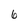
Character: 6